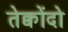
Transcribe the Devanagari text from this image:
तेक्वोंदो